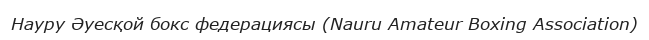
Науру Әуесқой бокс федерациясы (Nauru Amateur Boxing Association)